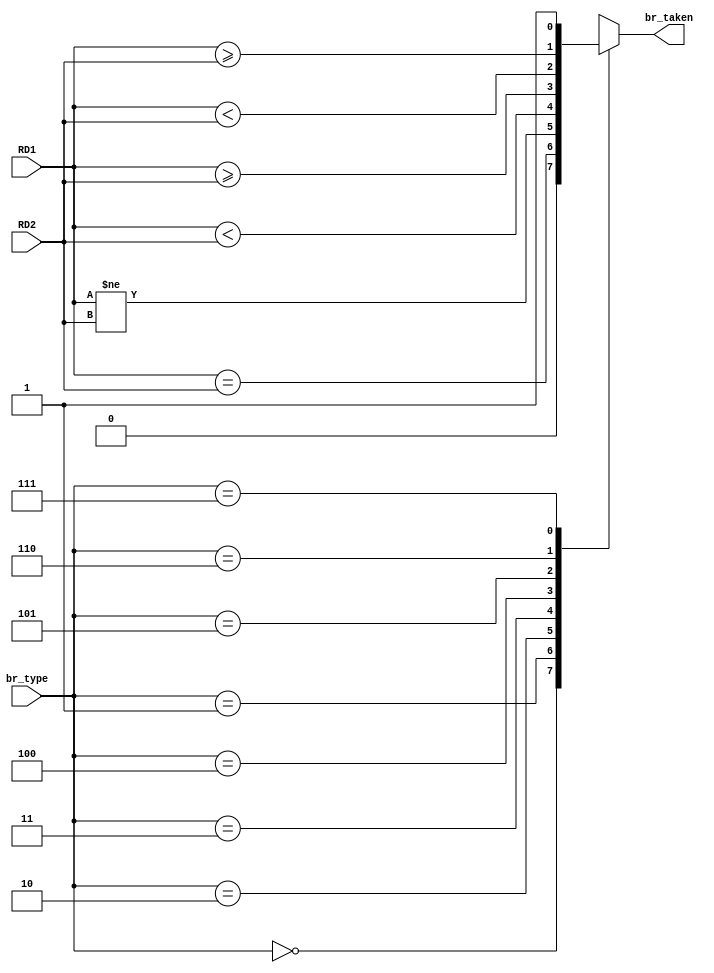
`timescale 1ns/1ns

module Branch (
    input [2:0] br_type,
    input [31:0] RD1,RD2,
    output reg br_taken
);
    always@(*)begin
        case (br_type)
            3'b000: br_taken = 1'b0;
            3'b001: br_taken = (RD1 == RD2);  //beq
            3'b010: br_taken = (RD1 != RD2);  //bne
            3'b011: br_taken = (RD1 < RD2);   //sltu
            3'b100: br_taken = (RD1 >= RD2);  //bgeu
            3'b101: br_taken = ($signed(RD1) < $signed(RD2));     //slt
            3'b110: br_taken = ($signed(RD1) >= $signed(RD2));    //bge
            3'b111: br_taken = 1'b1;     // JAL, JALR
            default: br_taken = 1'b0;
        endcase              
    end
    
endmodule